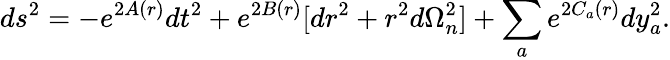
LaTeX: ds^{2}=-e^{2A(r)}dt^{2}+e^{2B(r)}[dr^{2}+r^{2}d\Omega_{n}^{2}]+\sum_{a}e^{2C_{a}(r)}dy_{a}^{2}.